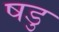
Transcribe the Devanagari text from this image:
षडु